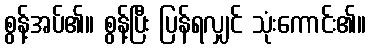
စွန့်အပ်၏။ စွန့်ပြီး ပြန်ရလျှင် သုံးကောင်း၏။